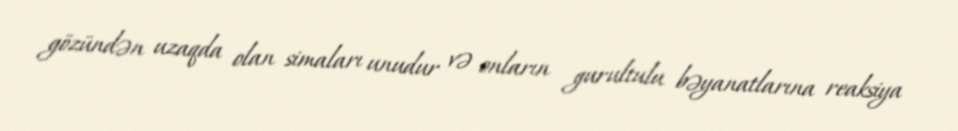
gözündən uzaqda olan simaları unudur və onların gurultulu bəyanatlarına reaksiya